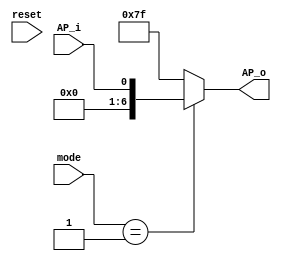
`timescale 1ns / 1ps
//////////////////////////////////////////////////////////////////////////////////
// Company: 
// Engineer: 
// 
// Design Name: 
// Module Name: AP_output
// Project Name: 
// Target Devices: 
// Tool Versions: 
// Description: 
// 
// Dependencies: 
// 
// Revision:
// Revision 0.01 - File Created
// Additional Comments:
// 
//////////////////////////////////////////////////////////////////////////////////


module AP_output(mode, AP_i, reset, AP_o);

    input [1:0]mode;
    input reset, AP_i;
    output reg [6:0]AP_o;
    
    always@(mode) begin
        if (mode == 2'b01)
            AP_o <= AP_i;
        else
            AP_o <= 7'b1111111;
    end
endmodule